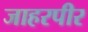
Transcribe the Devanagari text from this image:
जाहरपीर